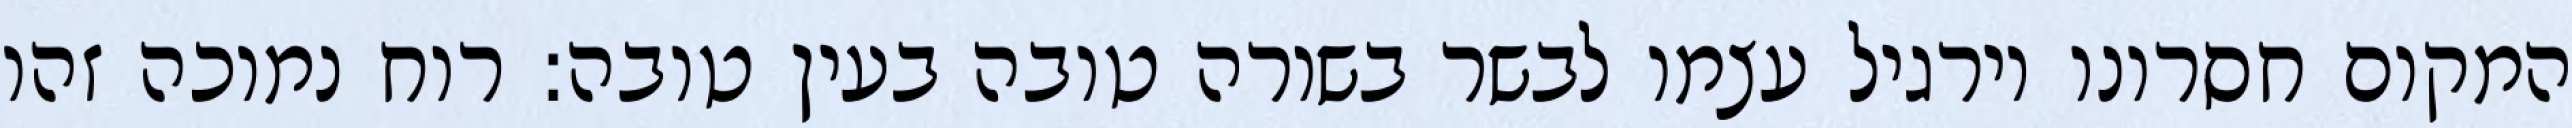
המקום חסרונו וירגיל עצמו לבשר בשורה טובה בעין טובה: רוח נמוכה זהו